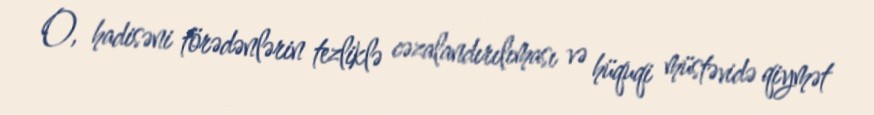
O, hadisəni törədənlərin tezliklə cəzalandırılıması və hüquqi müstəvidə qiymət